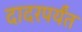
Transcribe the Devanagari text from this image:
दादरपर्यंत